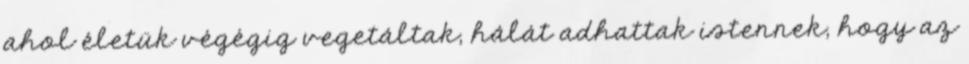
ahol életük végégig vegetáltak, hálát adhattak istennek, hogy az